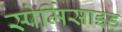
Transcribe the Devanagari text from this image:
स्पेर्मिसाइड